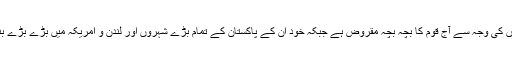
انہی لوگوں کی وجہ سے آج قوم کا بچہ بچہ مقروض ہے جبکہ خود ان کے پاکستان کے تمام بڑے شہروں اور لندن و امریکہ میں بڑے بڑے بنگلے ہیں۔